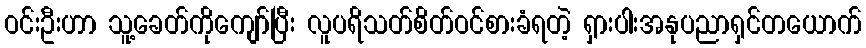
ဝင်းဦးဟာ သူ့ခေတ်ကိုကျော်ပြီး လူပရိသတ်စိတ်ဝင်စားခံရတဲ့ ရှားပါးအနုပညာရှင်တယောက်